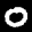
Label: 0